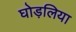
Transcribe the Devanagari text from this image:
घोड़लिया